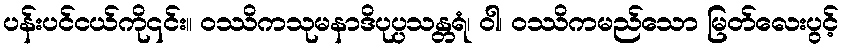
ပန်းပင်ငယ်ကို၎င်း။ ဝဿိကသုမနာဒိပုပ္ပသန္တရံ၊ ဝါ၊ ဝဿိကမည်သော မြတ်လေးပွင့်